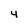
Character: 4